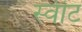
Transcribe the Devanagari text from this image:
स्‍वीट